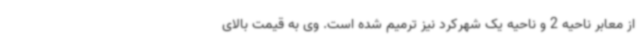
از معابر ناحیه 2 و ناحیه یک شهرکرد نیز ترمیم شده است. وی به قیمت بالای